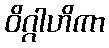
ဝိဂ္ဂါဟိကာ